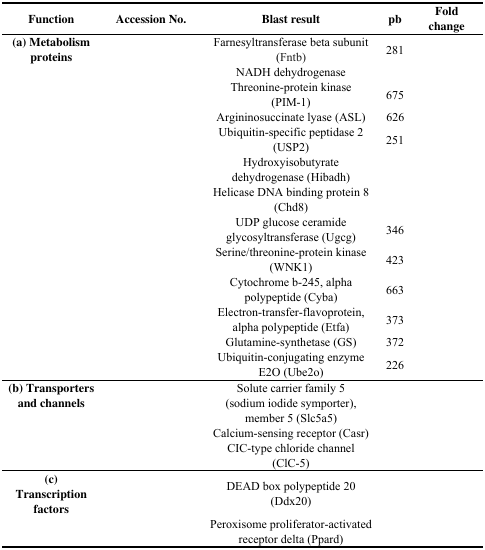
<table><thead><tr><td><b>Function</b></td><td><b>Accession No.</b></td><td><b>Blast result</b></td><td><b>pb</b></td><td><b>Fold change</b></td></tr></thead><tbody><tr><td><b>(a) Metabolism proteins</b></td><td>[EMPTY_CELL]</td><td>Farnesyltransferase beta subunit (Fntb)</td><td>281</td><td>[EMPTY_CELL]</td></tr><tr><td>[EMPTY_CELL]</td><td>[EMPTY_CELL]</td><td>NADH dehydrogenase</td><td>[EMPTY_CELL]</td><td>[EMPTY_CELL]</td></tr><tr><td>[EMPTY_CELL]</td><td>[EMPTY_CELL]</td><td>Threonine-protein kinase (PIM-1)</td><td>675</td><td>[EMPTY_CELL]</td></tr><tr><td>[EMPTY_CELL]</td><td>[EMPTY_CELL]</td><td>Argininosuccinate lyase (ASL)</td><td>626</td><td>[EMPTY_CELL]</td></tr><tr><td>[EMPTY_CELL]</td><td>[EMPTY_CELL]</td><td>Ubiquitin-specific peptidase 2 (USP2)</td><td>251</td><td>[EMPTY_CELL]</td></tr><tr><td>[EMPTY_CELL]</td><td>[EMPTY_CELL]</td><td>Hydroxyisobutyrate dehydrogenase (Hibadh)</td><td>[EMPTY_CELL]</td><td>[EMPTY_CELL]</td></tr><tr><td>[EMPTY_CELL]</td><td>[EMPTY_CELL]</td><td>Helicase DNA binding protein 8 (Chd8)</td><td>[EMPTY_CELL]</td><td>[EMPTY_CELL]</td></tr><tr><td>[EMPTY_CELL]</td><td>[EMPTY_CELL]</td><td>UDP glucose ceramide glycosyltransferase (Ugcg)</td><td>346</td><td>[EMPTY_CELL]</td></tr><tr><td>[EMPTY_CELL]</td><td>[EMPTY_CELL]</td><td>Serine/threonine-protein kinase (WNK1)</td><td>423</td><td>[EMPTY_CELL]</td></tr><tr><td>[EMPTY_CELL]</td><td>[EMPTY_CELL]</td><td>Cytochrome b-245, alpha polypeptide (Cyba)</td><td>663</td><td>[EMPTY_CELL]</td></tr><tr><td>[EMPTY_CELL]</td><td>[EMPTY_CELL]</td><td>Electron-transfer-flavoprotein, alpha polypeptide (Etfa)</td><td>373</td><td>[EMPTY_CELL]</td></tr><tr><td>[EMPTY_CELL]</td><td>[EMPTY_CELL]</td><td>Glutamine-synthetase (GS)</td><td>372</td><td>[EMPTY_CELL]</td></tr><tr><td>[EMPTY_CELL]</td><td>[EMPTY_CELL]</td><td>Ubiquitin-conjugating enzyme E2O (Ube2o)</td><td>226</td><td>[EMPTY_CELL]</td></tr><tr><td><b>(b) Transporters and channels</b></td><td>[EMPTY_CELL]</td><td>Solute carrier family 5 (sodium iodide symporter), member 5 (Slc5a5)</td><td>[EMPTY_CELL]</td><td>[EMPTY_CELL]</td></tr><tr><td>[EMPTY_CELL]</td><td>[EMPTY_CELL]</td><td>Calcium-sensing receptor (Casr)</td><td>[EMPTY_CELL]</td><td>[EMPTY_CELL]</td></tr><tr><td>[EMPTY_CELL]</td><td>[EMPTY_CELL]</td><td>CIC-type chloride channel (ClC-5)</td><td>[EMPTY_CELL]</td><td>[EMPTY_CELL]</td></tr><tr><td><b>(c) Transcription factors</b></td><td>[EMPTY_CELL]</td><td>DEAD box polypeptide 20 (Ddx20)</td><td>[EMPTY_CELL]</td><td>[EMPTY_CELL]</td></tr><tr><td>[EMPTY_CELL]</td><td>[EMPTY_CELL]</td><td>Peroxisome proliferator-activated receptor delta (Ppard)</td><td>[EMPTY_CELL]</td><td>[EMPTY_CELL]</td></tr></tbody></table>